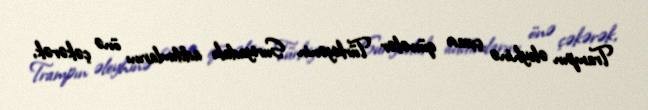
Trampın əleyhinə çıxan qüvvələr Türkiyənin Suriyadakı addımlarını önə çəkərək,